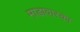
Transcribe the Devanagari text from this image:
माडावास्का